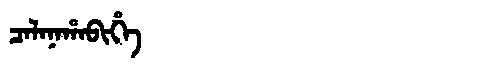
Manchu: ᠴᠠᠯᠠᠨᠠᡥᠠᠪᡳᡥᡝ
Romanization: CALANAHABIHE